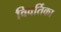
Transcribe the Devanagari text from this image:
विवर्तिका